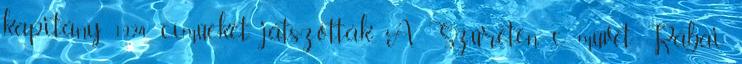
kapitány 1924 címűeket játszották. A Szüreten c. művét Rábai